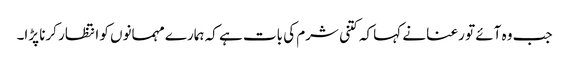
جب وہ آئے تو رعنا نے کہا کہ کتنی شرم کی بات ہے کہ ہمارے مہمانوں کو انتظار کرنا پڑا۔